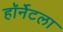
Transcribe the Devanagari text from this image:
हॉर्नेटला